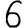
Digit: 6